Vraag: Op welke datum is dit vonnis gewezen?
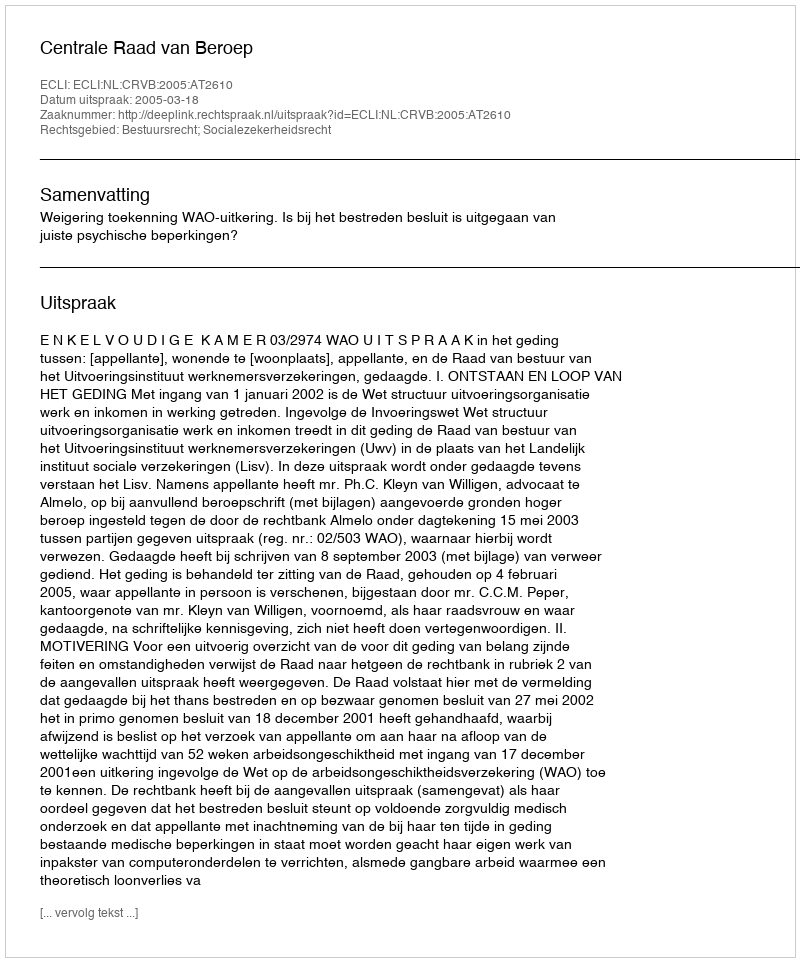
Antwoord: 2005-03-18